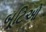
બૂટિઓ